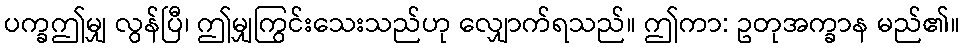
ပက္ခဤမျှ လွန်ပြီ၊ ဤမျှကြွင်းသေးသည်ဟု လျှောက်ရသည်။ ဤကာ: ဥတုအက္ခာန မည်၏။